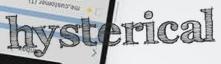
hysterical